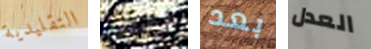
التقليدية الأصلى بعد العدل